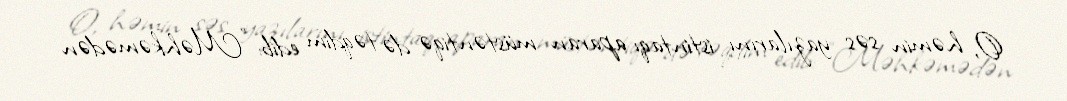
O, həmin səs yazılarını istintaqı aparan müstəntiqə də təqdim edib: "Məhkəmədən